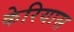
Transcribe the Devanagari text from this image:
केरियास